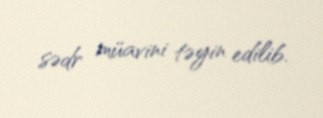
sədr müavini təyin edilib.